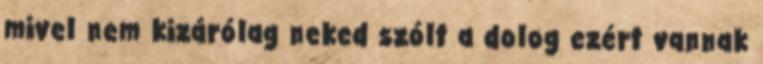
mivel nem kizárólag neked szólt a dolog ezért vannak